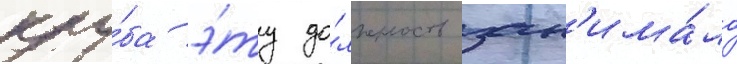
клу́ба э́ту до́лжность зан'има́ло